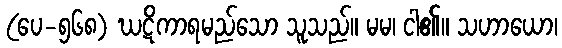
(ပေ-၅၆၈) ဃဋိကာရမည်သော သူသည်။ မမ၊ ငါ၏။ သဟာယော၊